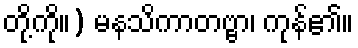
တို့ကို။) မနသိကာတဗ္ဗာ၊ ကုန်၏။